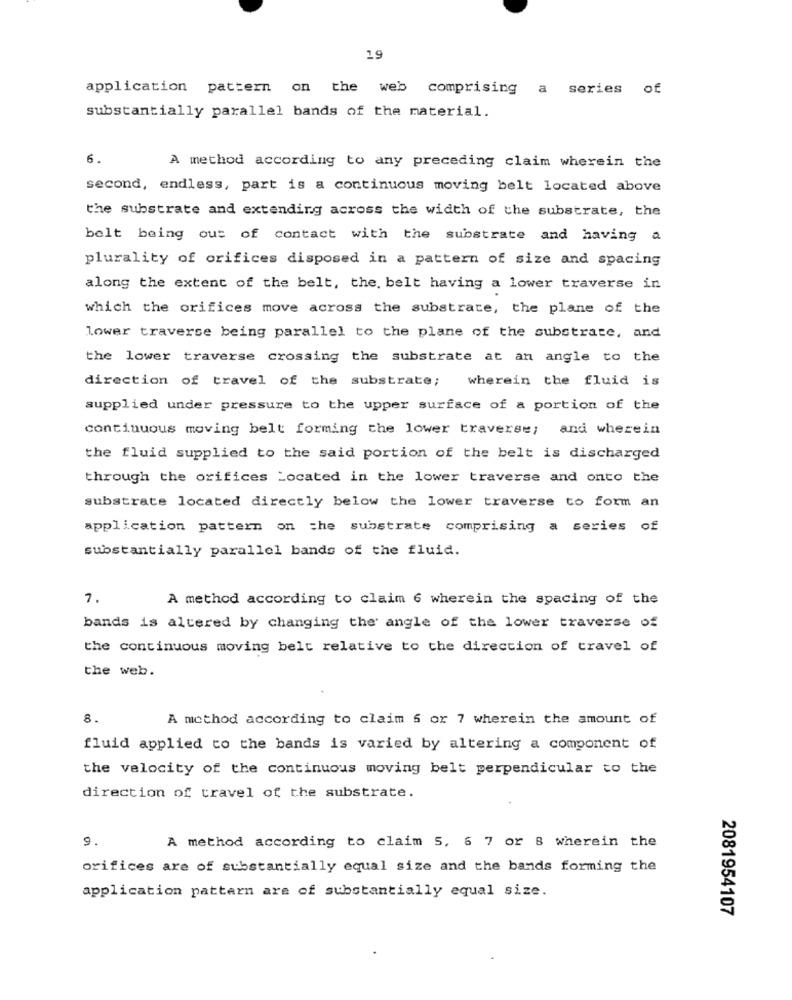
19
application pattern on the web comprising
a series of
substantially parallel bands of the material.
6.
A method according to any preceding claim wherein the
second, endless, part is a continuous moving belt located above
the substrate and extending across the width of the substrate, the
belt being out of contact with the substrate and having a
plurality of orifices disposed in a pattern of size and spacing
along the extent of the belt, the. belt having a lower traverse in
which the orifices move across the substrate, the plane of the
lower traverse being parallel to the plane of the substrate, and
the lower traverse crossing the substrate at an angle to the
direction of travel of the substrate;
wherein the fluid is
supplied under pressure to the upper surface of a portion of the
continuous moving belt forming the lower traverse; and wherein
the fluid supplied to the said portion of the belt is discharged
through the orifices Located in the lower traverse and onto the
substrate located directly below the lower traverse to form an
application pattern on the substrate comprising a series of
substantially parallel bands of the fluid.
7.
A method according to claim 6 wherein the spacing of the
bands is altered by changing the angle of the lower traverse of
the continuous moving belt relative to the direction of travel of
the web.
8.
A method according to claim 6 or 7 wherein the amount of
fluid applied to the bands is varied by altering a component of
the velocity of the continuous moving belt perpendicular to the
direction of travel of the substrate.
9.
A method according to claim 5, 6 7 or 8 wherein the
orifices are of substantially equal size and the bands forming the
application pattern are of substantially equal size.
2081954107